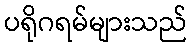
ပရိုဂရမ်များသည်